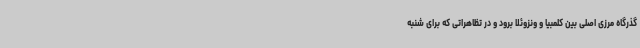
گذرگاه مرزی اصلی بین کلمبیا و ونزوئلا برود و در تظاهراتی که برای شنبه